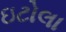
ઇટોલા